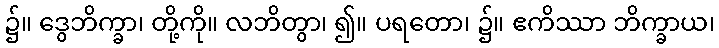
၌။ ဒွေဘိက္ခာ၊ တို့ကို။ လဘိတွာ၊ ၍။ ပရတော၊ ၌။ ဧကိဿာ ဘိက္ခာယ၊